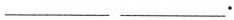
___ ___.